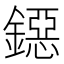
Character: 鐚